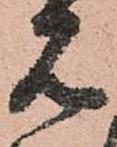
見